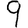
Digit: 9